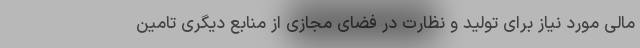
مالی مورد نیاز برای تولید و نظارت در فضای مجازی از منابع دیگری تامین